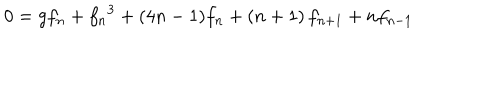
LaTeX: 0 = g f _ { n } + { f _ { n } } ^ { 3 } + ( 4 n - 1 ) f _ { n } + \left( n + 1 \right) f _ { n + 1 } + n f _ { n - 1 }